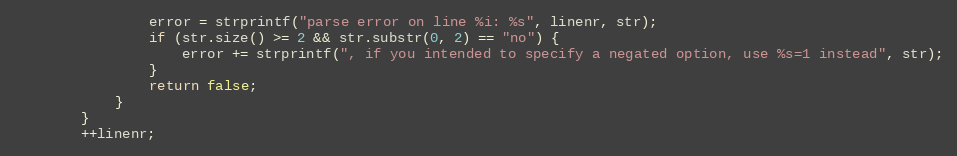
Language: C++
                error = strprintf("parse error on line %i: %s", linenr, str);
                if (str.size() >= 2 && str.substr(0, 2) == "no") {
                    error += strprintf(", if you intended to specify a negated option, use %s=1 instead", str);
                }
                return false;
            }
        }
        ++linenr;